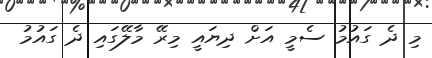
މި ދެ ގައުމު ސެމީ އަށް ދިޔައީ މިރޭ މާލޭގައި ދެ ގައުމު